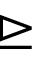
\trianglerighteq